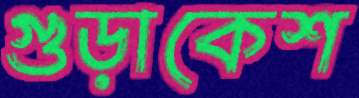
গুড়াকেশ